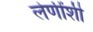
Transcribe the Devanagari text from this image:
लेणींशी